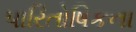
પારિતોષિકના